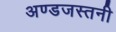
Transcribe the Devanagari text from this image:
अण्डजस्तनी